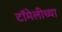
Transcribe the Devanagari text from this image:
टॉमेलीच्या